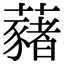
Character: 藸